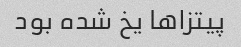
پیتزا‌ها یخ شده بود